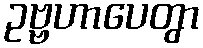
ဥဗ္ဗဟာပေတွာ